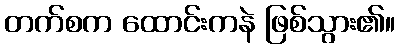
တက်စက ထောင်းကနဲ ဖြစ်သွား၏။